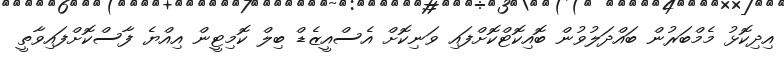
އިދިކޮޅު މެމްބަރުން ބައްދަލުވުން ބޮއިކޮޓްކޮށްފައި ވަނިކޮށް އެސްއީޒެޑް ބިލް ކޮމިޓީން އިއްޔެ ފާސްކޮށްފައިވާތީ